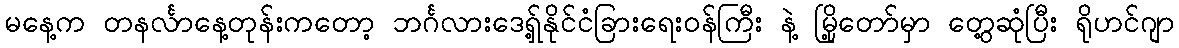
မနေ့က တနင်္လာနေ့တုန်းကတော့ ဘင်္ဂလားဒေရှ့်နိုင်ငံခြားရေးဝန်ကြီး နဲ့ မြို့တော်မှာ တွေ့ဆုံပြီး ရိုဟင်ဂျာ